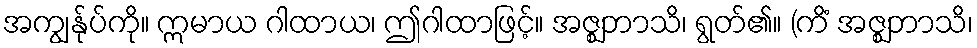
အကျွန်ုပ်ကို။ ဣမာယ ဂါထာယ၊ ဤဂါထာဖြင့်။ အဇ္ဈဘာသိ၊ ရွတ်၏။ (ကိံ အဇ္ဈဘာသိ၊